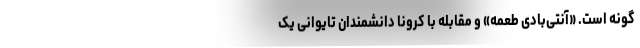
گونه است. «آنتی‌بادی طعمه» و مقابله با کرونا دانشمندان تایوانی یک